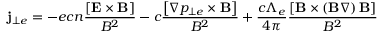
{ \bf j } _ { \bot e } = - e c n \frac { { \left[ { { \bf E } \times { \bf B } } \right] } } { { B ^ { 2 } } } - c \frac { { \left[ { \nabla p _ { \bot e } \times { \bf B } } \right] } } { { B ^ { 2 } } } + \frac { c \Lambda _ { e } } { 4 \pi } \frac { { \left[ { { \bf B } \times \left( { { \bf B } \nabla } \right) { \bf B } } \right] } } { { B ^ { 2 } } }